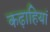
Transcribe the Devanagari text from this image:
कढ़ाहियां